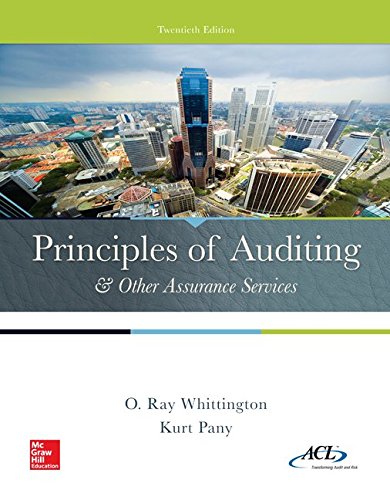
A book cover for Principles of Auditing & Other Assurance Services (Newest Edition); Ray Whittington; Business & Money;